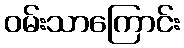
ဝမ်းသာကြောင်း